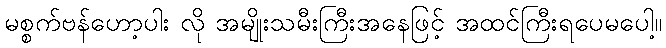
မစ္စက်ဗန်ဟော့ပါး လို အမျိုးသမီးကြီးအနေဖြင့် အထင်ကြီးရပေမပေါ့။